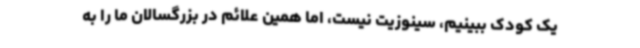
یک کودک ببینیم، سینوزیت نیست، اما همین علائم در بزرگسالان ما را به